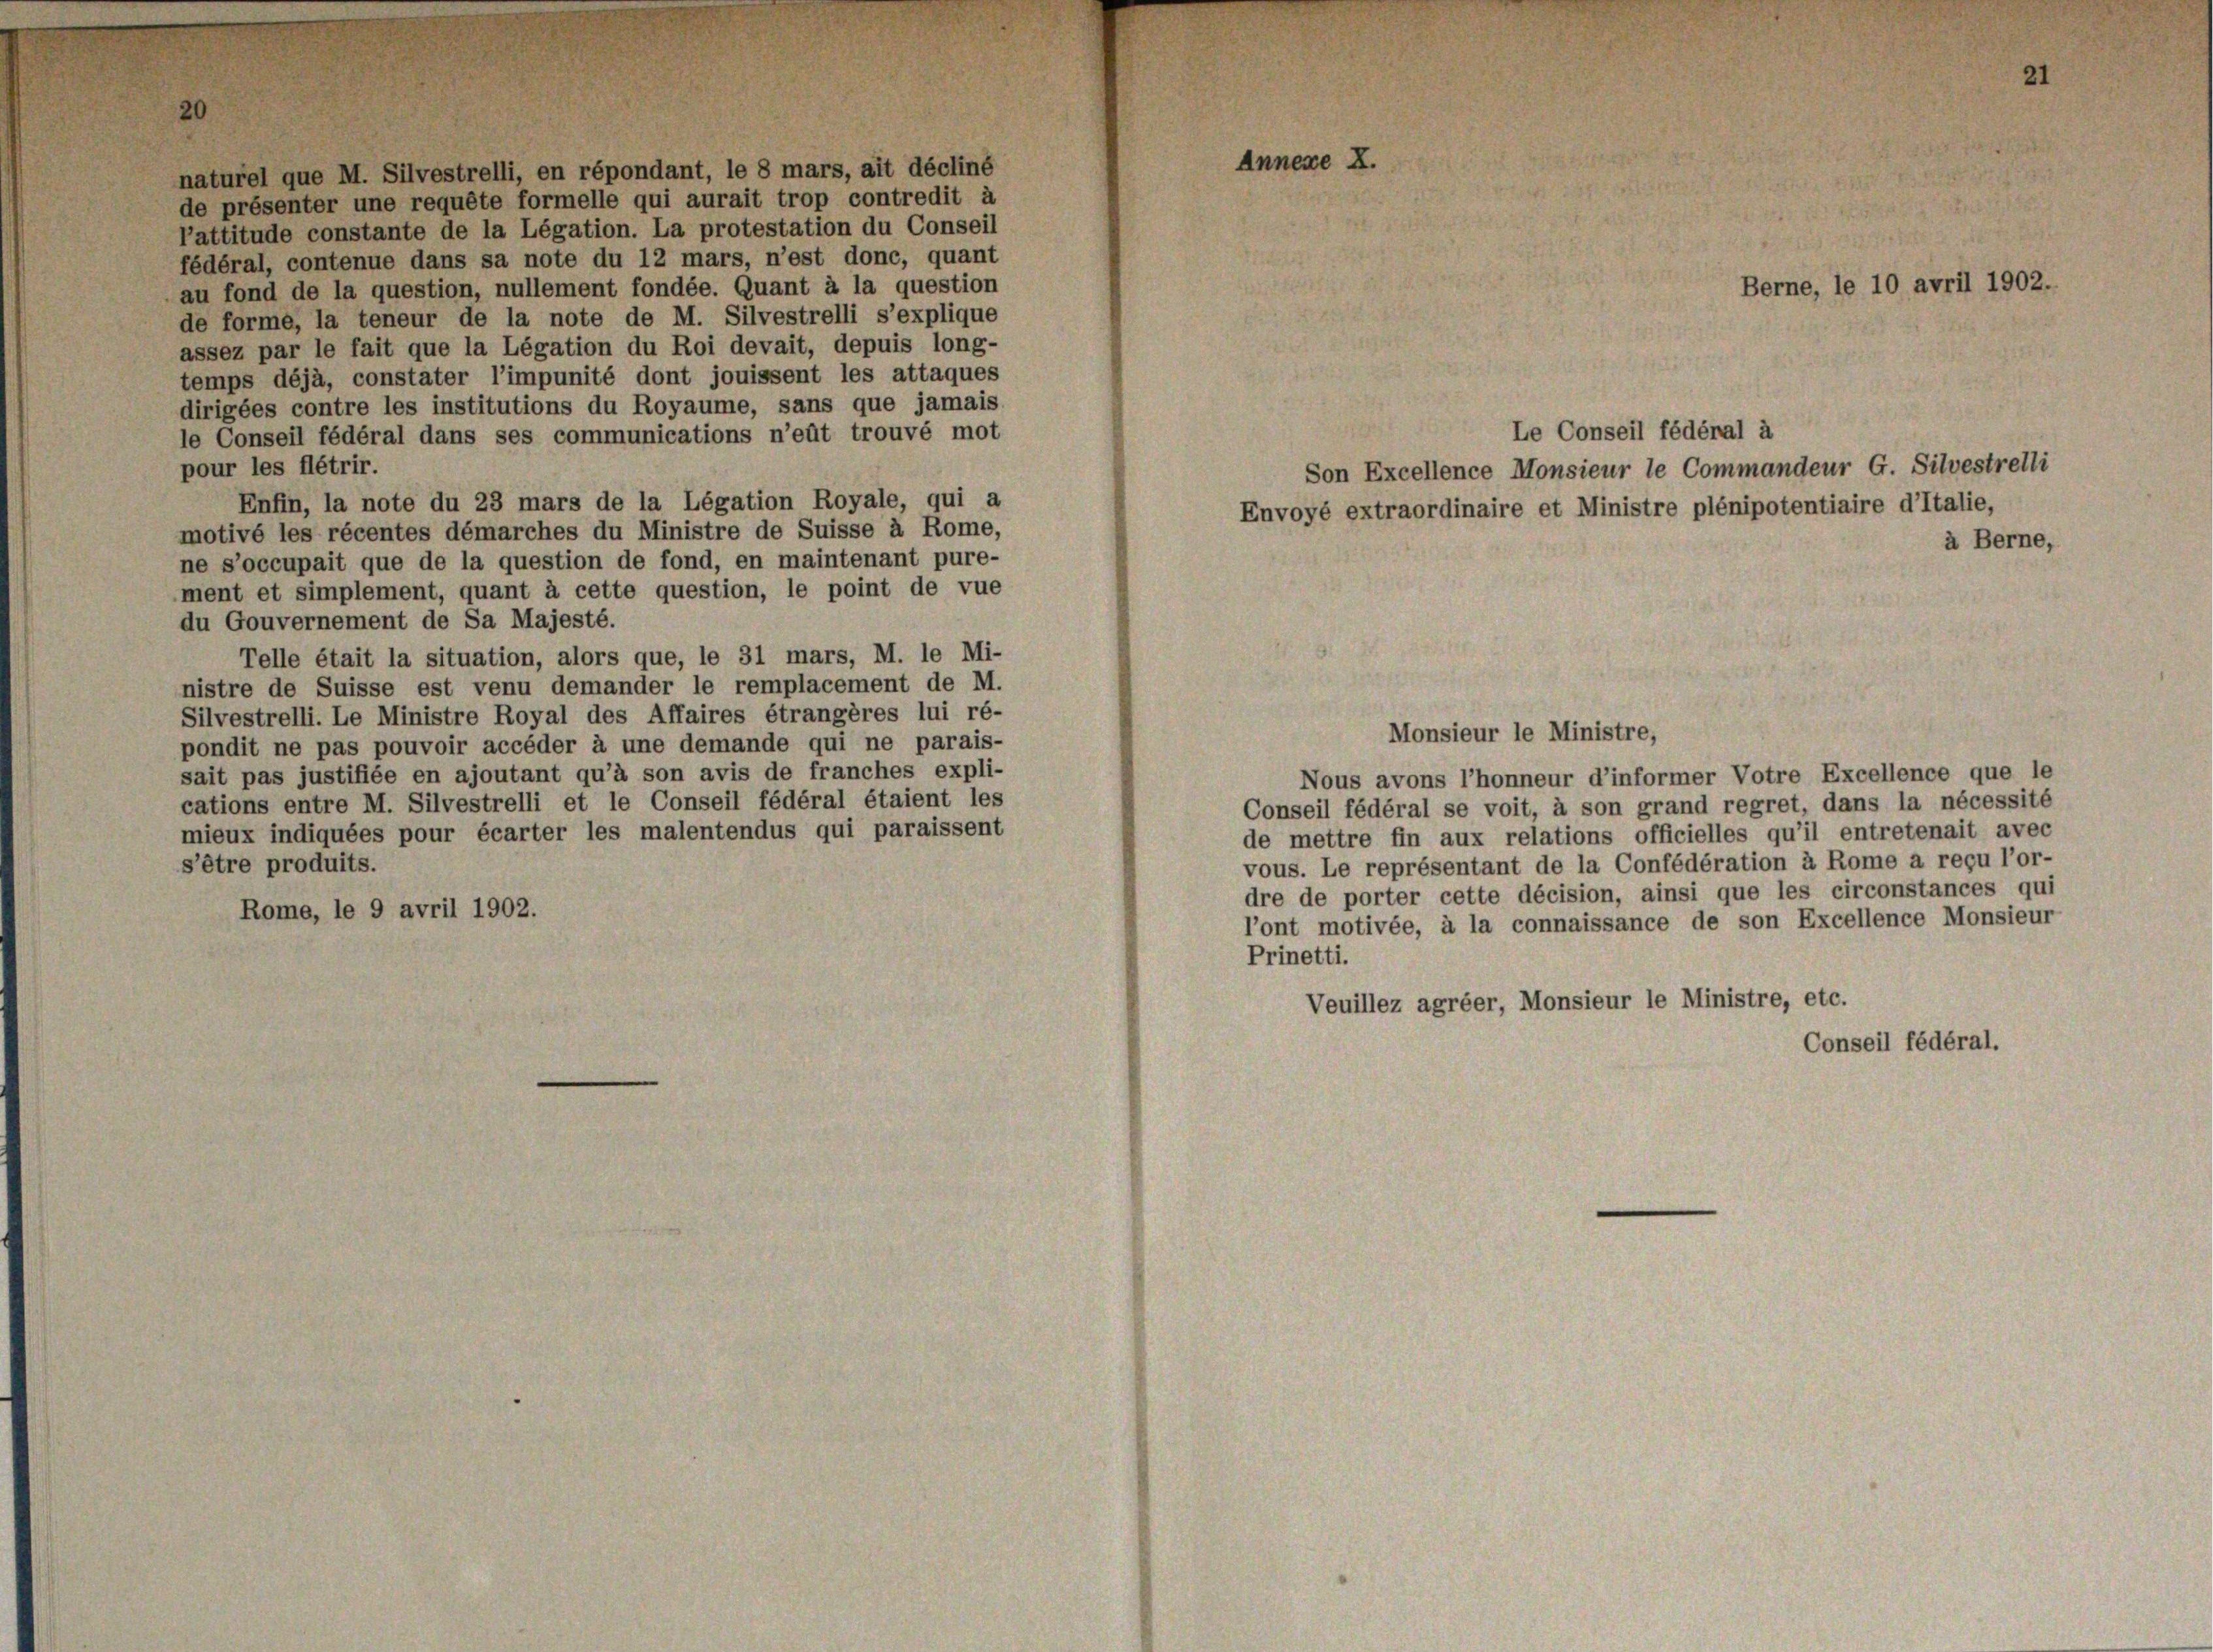
20

naturel que M. Silvestrelli, en répondant, le 8 mars, ait décliné
de présenter une requête formelle qui aurait trop contredit à
l’attitude constante de la Légation. La protestation du Conseil
fédéral, contenue dans sa note du 12 mars, n’est donc, quant
au fond de la question, nullement fondée. Quant à la question
de forme, la teneur de la note de M. Silvestrelli s’explique
assez par le fait que la Légation du Roi devait, depuis long-
temps déjà, constater l’impunité dont jouissent les attaques
dirigées contre les institutions du Royaume, sans que jamais
le Conseil fédéral dans ses communications n’eût trouvé mot
pour les flétrir.
Enfin, la note du 23 mars de la Légation Royale, qui a
motivé les récentes démarches du Ministre de Suisse à Rome,
ne s’occupait que de la question de fond, en maintenant pure-
ment et simplement, quant à cette question, le point de vue
du Gouvernement de Sa Majesté.
Telle était la situation, alors que, le 31 mars, M. le Mi-
nistre de Suisse est venu demander le remplacement de M.
Silvestrelli. Le Ministre Royal des Affaires étrangères lui ré-
Monsieur le Ministre,
pondit ne pas pouvoir accéder à une demande qui ne parais-
sait pas justifiée en ajoutant qu’à son avis de franches expli-
Nous avons l’honneur d’informer Votre Excellence que le
cations entre M. Silvestrelli et le Conseil fédéral étaient les
Conseil fédéral se voit, à son grand regret, dans la nécessité
mieux indiquées pour écarter les malentendus qui paraissent
de mettre fin aux relations officielles qu’il entretenait avec
vous. Le représentant de la Confédération à Rome a reçu l’or-
s’être produits.
dre de porter cette décision, ainsi que les circonstances qui
Rome, le 9 avril 1902.
l’ont motivée, à la connaissance de son Excellence Monsieur
Prinetti.
Veuillez agréer, Monsieur le Ministre, etc.
Conseil fédéral.

Annexe X.

Le Conseil fédéral à
Son Excellence Monsieur le Commandeur G. Silvestrelli
Envoyé extraordinaire et Ministre plénipotentiaire d’Italie,

Berne, le 10 avril 1902.

à Berne,